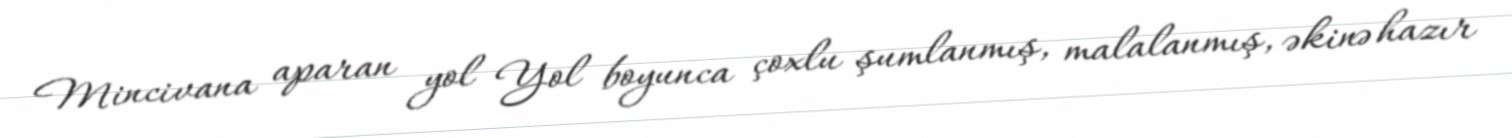
Mincivana aparan yol Yol boyunca çoxlu şumlanmış, malalanmış, əkinə hazır